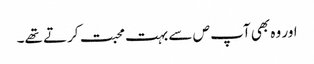
اور وہ بھی آپ ص سے بہت محبت کرتے تھے۔